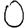
Digit: 0